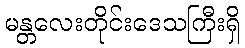
မန္တလေးတိုင်းဒေသကြီးရှိ